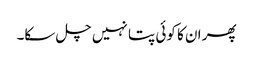
پھر ان کا کوئی پتا نہیں چل سکا۔